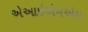
એઆઇએમએમ